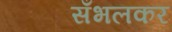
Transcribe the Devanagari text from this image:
सँभलकर